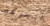
التوقف